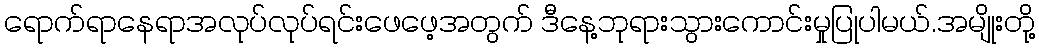
ရောက်ရာနေရာအလုပ်လုပ်ရင်းဖေဖေ့အတွက် ဒီနေ့ဘုရားသွားကောင်းမှုပြုပါမယ်.အမျိုးတို့